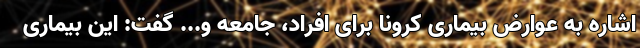
اشاره به عوارض بیماری کرونا برای افراد، جامعه و... گفت: این بیماری